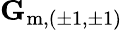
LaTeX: \mathbf{G}_{\mathrm{m},(\pm 1,\pm 1)}